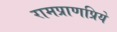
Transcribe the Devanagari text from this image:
रामप्राणप्रिये